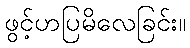
ဖွင့်ဟပြမိလေခြင်း။